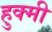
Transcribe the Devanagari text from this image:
हुक्मी